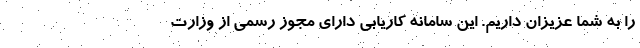
را به شما عزیزان داریم. این سامانه کاریابی دارای مجوز رسمی از وزارت